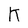
Character: K